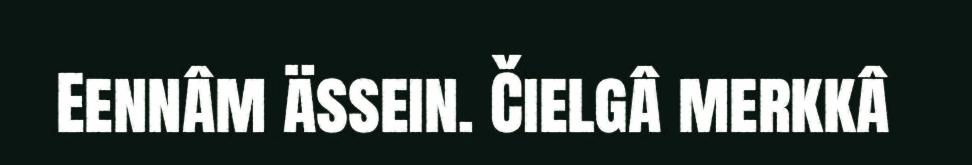
Eennâm ässein. Čielgâ merkkâ